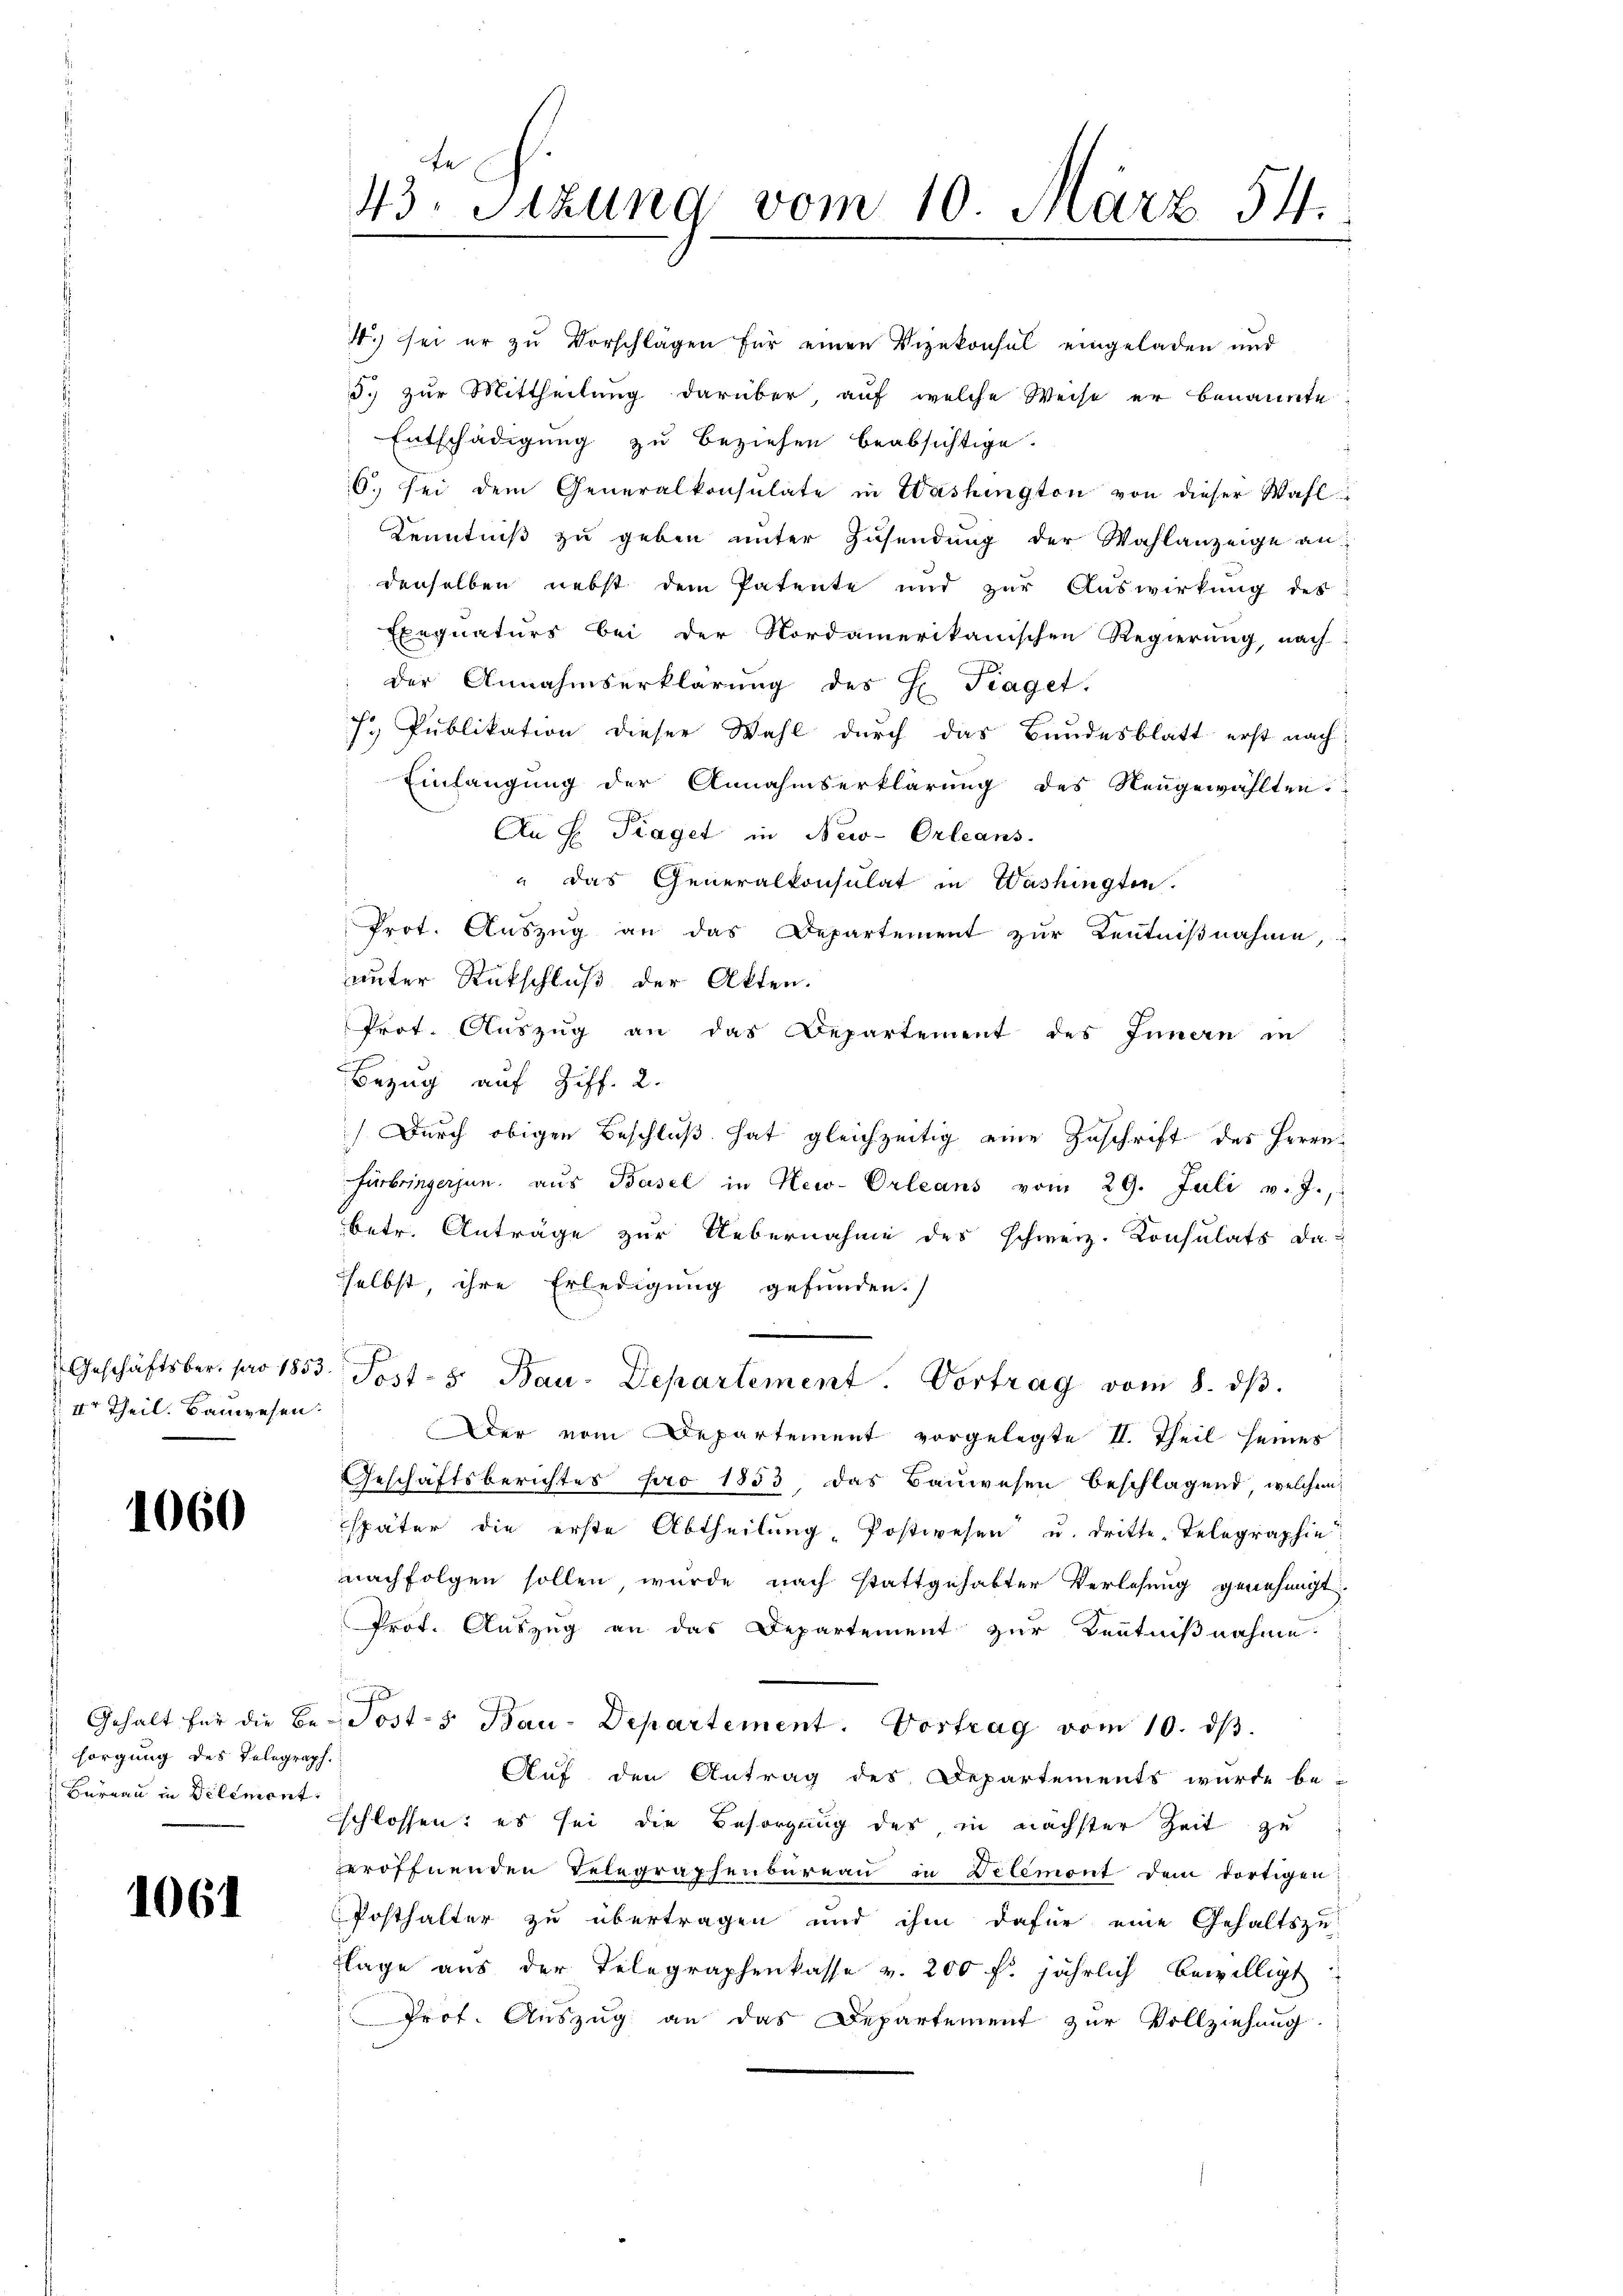
Ir Theil. Bauwesen.

1060

sorgung des Telegraph.
Burgau in Dilemont.

1061

4.) sei er zu Vorschlägen für einen Vizekonsul eingeladen und
d. zur Mittheilung darüber, auf welche Weise er benannte
Entschädigung zu beziehen beabsichtige.
6. sei dem Generalkonsulate in Washington von dieser Wahl
Kenntniß zu geben unter Zusendung der Wahlanzeige an
denselben nebst dem Patente und zur Auswirkung des
Exequaturs bei der Nordamerikanischen Regierung, nach
der Annahmserklärŭng des H. Traget.
 Publikation dieser Wahl durch das Bundesblatt erst nach
Einlangung der Annahmserklärung des Neugewählten.
An H. Traget in New-Orleans
" Das Generalkonsulat in Washingten.
Prot. Auszug an das Departement zur Kenntnißnahme,
unter Rutschluß der Akten.
Prot. Auszug an das Departement des Innen in
Bezug auf Ziff. 2.
Durch obigen Beschluß hat gleichzeitig eine Zuschrift des Herrn
Fürbringeren, aus Basel in New-Orleans vom 29. Juli v. J.,
betr. Anträge zur Uebernahme des schweiz. Konsulats da
selbst, ihre Erledigung gefunden.
Geschäftsber. pro 1853. Post- & Bau-Departement. Vortrag vom 8. dβ.
Der vom Departement vorgelegte II. Theil seines
Geschäftsberichtes pro 1853, das Bauwesen beschlagend welchen
später die erste Abtheilung, Postwesen u. dritte Telegraphie
nachfolgen sollen, wurde nach stattgehabter Verlesung genehmigt.
Prof. Auszug an das Departement zur Kenntnißnahme
Gehalt für die Be-Post-s Bau-Departement. Vortrag vom 10. dβ.
Auf den Antrag des Departements wurde be-
schlossen: es sei die Besorgung des in nächster Zeit zu
veröffnenden Telegraphenbureau in Delemont dem dortigen
Posthalter zu übertragen und ihm dafür eine Gehaltszu
flage aus der Telegraphenkasse v. 200 f. jährlich bewilligt
Prof. Auszug an das Departement zur Vollziehung.

43. Sizung vom 10. März 54.